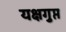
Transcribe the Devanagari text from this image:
यक्षगुप्त